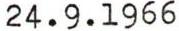
24.9.1966